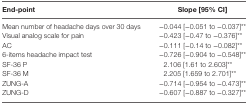
<table><thead><tr><td><b>End-point</b></td><td><b>Slope [95% CI]</b></td></tr></thead><tbody><tr><td>Mean number of headache days over 30 days</td><td>−0.044 [−0.051 to −0.037]**</td></tr><tr><td>Visual analog scale for pain</td><td>−0.423 [−0.47 to −0.376]**</td></tr><tr><td>AC</td><td>−0.111 [−0.14 to −0.082]**</td></tr><tr><td>6-items headache impact test</td><td>−0.726 [−0.904 to −0.548]**</td></tr><tr><td>SF-36 P</td><td>2.106 [1.61 to 2.603]**</td></tr><tr><td>SF-36 M</td><td>2.205 [1.659 to 2.701]**</td></tr><tr><td>ZUNG-A</td><td>−0.714 [−0.954 to −0.473]**</td></tr><tr><td>ZUNG-D</td><td>−0.607 [−0.887 to −0.327]**</td></tr></tbody></table>